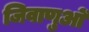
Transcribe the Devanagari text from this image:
जिवाणुओं